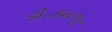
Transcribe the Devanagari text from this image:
डी॰डब्ल्यू॰